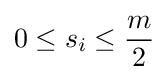
0\leq s_{i}\leq {\frac {m}{2}}